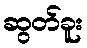
ဆွတ်ခူး